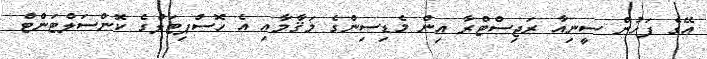
އޭގެ ފަހުން ސީނިއާ ރަޖިސްޓްރާ އިން މެޑިސިންގެ މަޤާމާއި އެ ހޮސްޕިޓަލްގެ ކޮންސަލްޓަންޓް